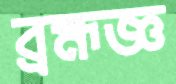
ব্রহ্মজ্ঞ